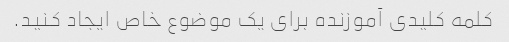
کلمه کلیدی آموزنده برای یک موضوع خاص ایجاد کنید.